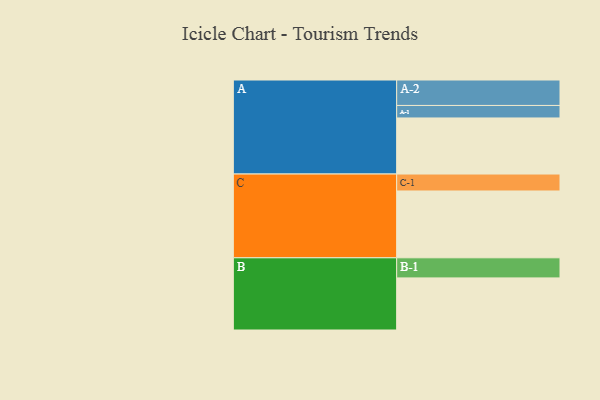
{"axis": {"x": "Segment", "y": "Value"}, "legend": ["", "A", "B", "C"], "data": [{"x": "A", "y": 480, "type": ""}, {"x": "B", "y": 446, "type": ""}, {"x": "C", "y": 572, "type": ""}, {"x": "A-1", "y": 107, "type": "A"}, {"x": "A-2", "y": 218, "type": "A"}, {"x": "B-1", "y": 172, "type": "B"}, {"x": "C-1", "y": 145, "type": "C"}]}